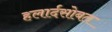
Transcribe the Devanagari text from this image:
हलार्दसोबत